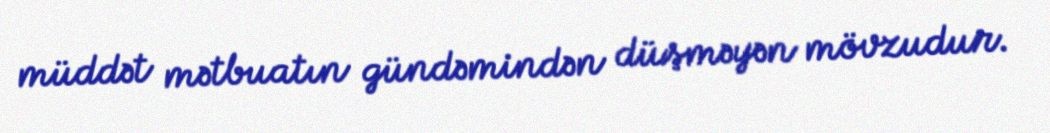
müddət mətbuatın gündəmindən düşməyən mövzudur.